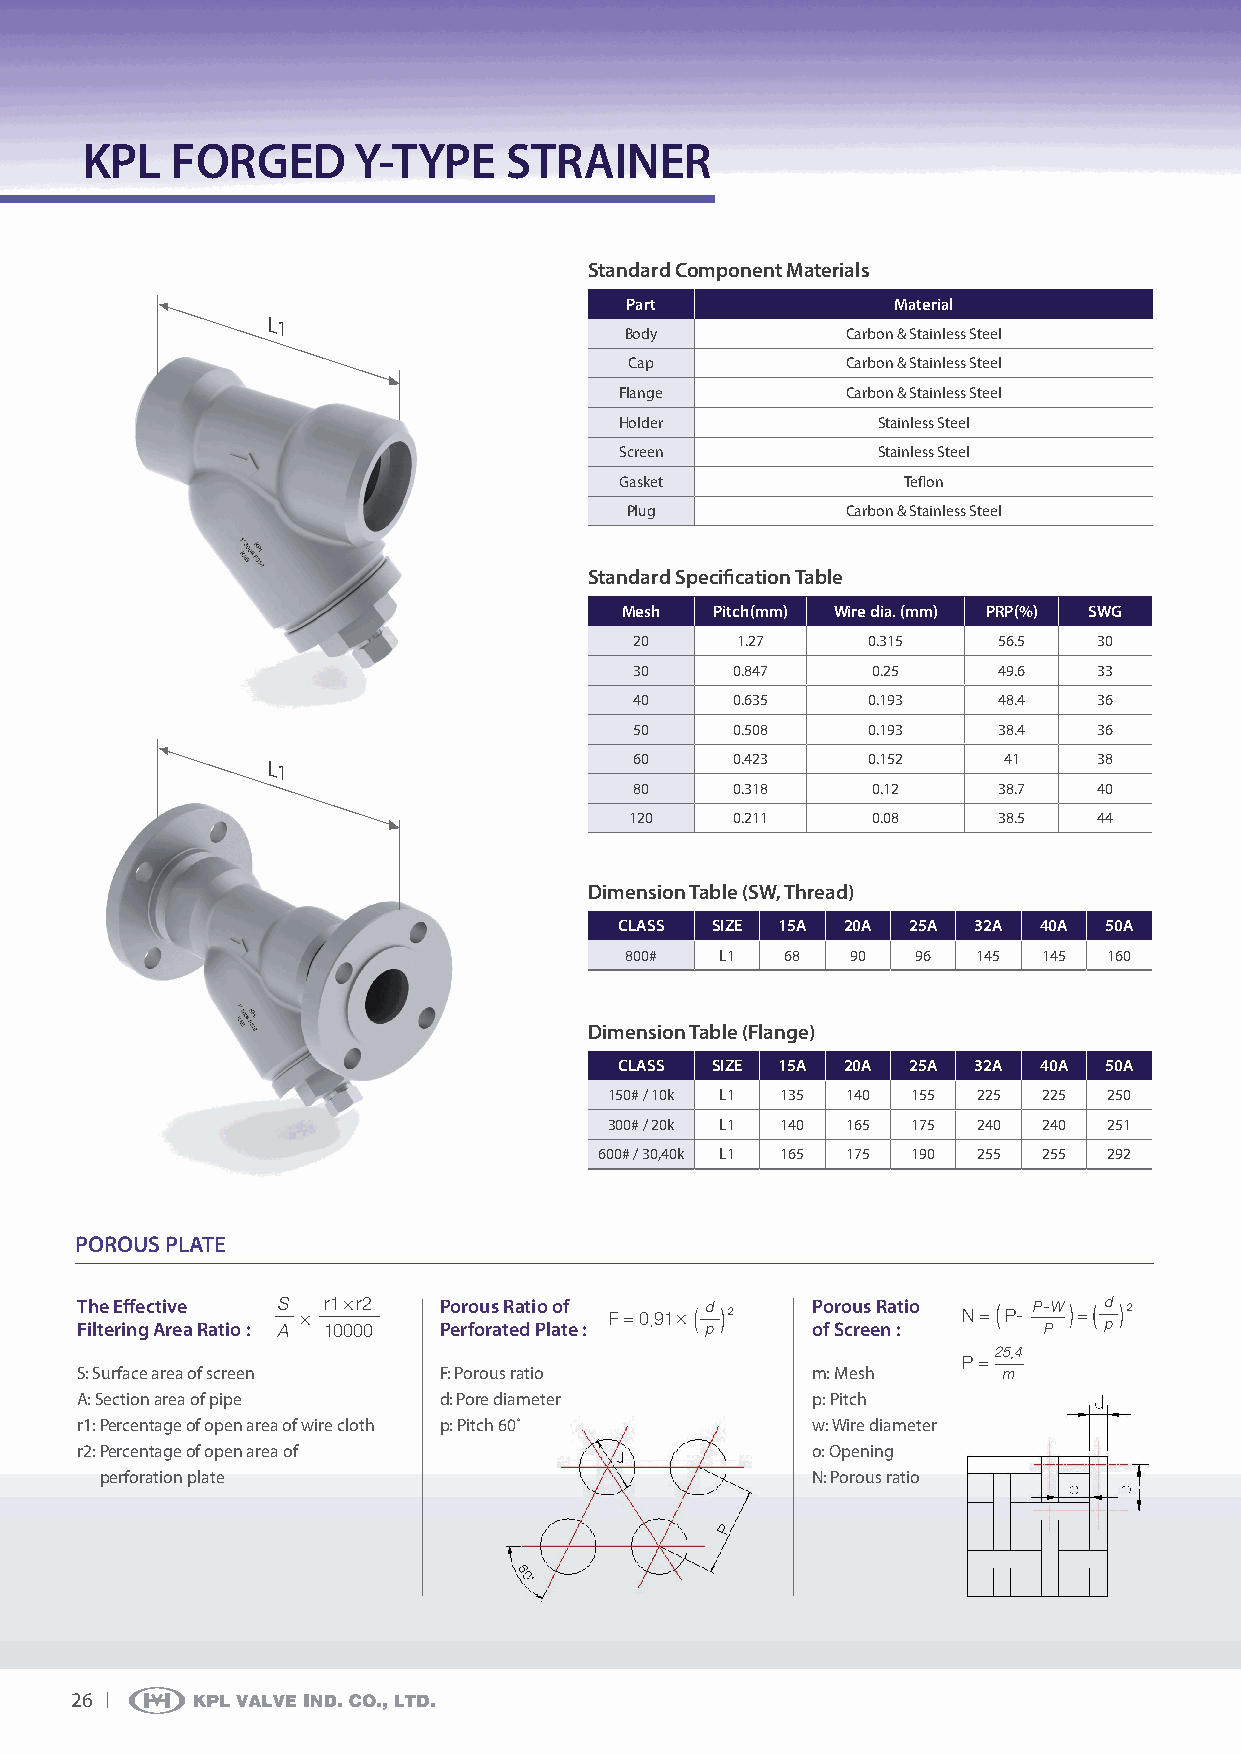
KPL   ForGEd      Y-tYPE    StrAInEr
 Standard component Materials
 Part              Material
 L1
 Body           Carbon & Stainless Steel
 Cap           Carbon & Stainless Steel
 Flange         Carbon & Stainless Steel
 Holder           Stainless Steel
 Screen           Stainless Steel
 Gasket             Teflon
 Plug           Carbon & Stainless Steel
 Standard Specification table
 Mesh  Pitch(mm) Wire dia. (mm) PrP(%) SWG
 20     1.27    0.315    56.5   30
 30    0.847     0.25    49.6   33
 40    0.635    0.193    48.4   36
 50    0.508    0.193    38.4   36
 60    0.423    0.152    41     38
 L1
 80    0.318     0.12    38.7   40
 120   0.211     0.08    38.5   44
 dimension table (SW, thread)
 cLASS SIZE 15A 20A 25A 32A  40A 50A
 800#   L1  68  90   96  145 145 160
 dimension table (Flange)
 cLASS SIZE 15A 20A 25A 32A  40A 50A
 150# / 10k L1 135 140 155 225 225 250
 300# / 20k L1 140 165 175 240 240 251
 600# / 30,40k L1 165 175 190 255 255 292
 PorouS PLAtE
 t Fih lte e E riff ne gc Ati rv ee a ratio : S A× 1r1 0× 00r2 0 P Po err fo ou rs a tr ea dt i Po l ao tf e : F = 0.91× d p 2 P oo f Sro cu res e r na :tio N = P- P- PW = d p 2
 25.4
 P =
 S: Surface area of screen F: Porous ratio        m: Mesh     m
 A: Section area of pipe d: Pore diameter         p: Pitch
 r1: Percentage of open area of wire cloth p: Pitch 60˚ w: Wire diameter
 r2: Percentage of open area of                   o: Opening
 perforation plate                              N: Porous ratio
 26